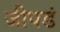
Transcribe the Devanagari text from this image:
जीपडं